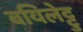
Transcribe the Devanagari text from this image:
बयिलेट्टु